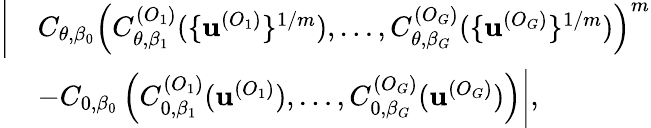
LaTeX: \begin{array}{rl}{\bigg|}&{C_{\theta,\beta_{0}}\left(C_{\theta,\beta_{1}}^{(O_{1})}(\{ \textbf{u}^{(O_{1})}\} ^{1/m}),\dots,C_{\theta,\beta_{G}}^{(O_{G})}(\{ \textbf{u}^{(O_{G})}\} ^{1/m})\right)^{m}}\\ &{-C_{0,\beta_{0}}\left(C_{0,\beta_{1}}^{(O_{1})}(\textbf{u}^{(O_{1})}),\dots,C_{0,\beta_{G}}^{(O_{G})}(\textbf{u}^{(O_{G})})\right)\bigg|,}\end{array}